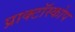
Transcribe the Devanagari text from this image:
प्राक्टॉस्कोप